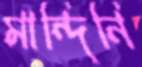
মান্দিনি